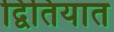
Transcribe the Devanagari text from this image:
द्वितियात